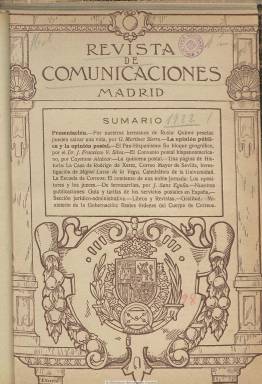
Título: Revista de comunicaciones (Madrid)
Colección: Comunicaciones || Ferrocarriles
Ámbito geográfico: Madrid
Lugar de publicación: Madrid
Fechas: 12/02/1922-12/08/1922

Publicación dedicada al sector y organización postal o de correos y telégrafos, pero también a los de ferrocarriles y transportes (vapores-correos y mercantiles y navegación aérea), así como a las actividades dependientes de ellos, como el comercio y la industria, y a la defensa del cuerpo funcionarial de comunicaciones. Además de tener secciones fijas dedicadas a los asuntos jurídicos y administrativos, resalta de esta revista la presencia en su cuadro de redactores y colaboradores de destacadas figuras intelectuales y el de un todavía joven e inédito poeta Vicente Aleixandre (1898-1984), hijo de un ingeniero de ferrocarriles y que en esta época trabajaba en una empresa ferroviaria.

Comienza a publicarse el 12 de febrero de 1922, en entregas de una veintena de páginas, compuestas a dos columnas, y con una periodicidad bimensual, insertando algunos fotograbados, entre ellos algunos retratos. Inserta también anuncios publicitarios. Otro dato a resaltar de esta publicación es su interés por la organización de las comunicaciones relacionadas con los países hispanoamericanos, dando cuenta del convenio postal de este ámbito. Junto a temas pan-hispánicos, la sección jurídico-administrativa, a cargo de J. Francisco V. Silva, y una guía de tarifas, tiene otra de libros y revistas.

Su director es el abogado Domingo Romero, siendo su administrador Marcelino Fernández Amantegui, y su redactor artístico, F. Porcar. En su cuadro de redactores y colaboradores, además del citado Aleixandre, que publica en su número cinco un artículo ferroviario, aparecen los nombres de técnicos postales, algunos de ellos corresponsales americanos, pero también de catedráticos, historiadores, geógrafos o literatos, como Cayetano Alcázar Molina (1897-1958), entonces oficial del Cuerpo de Correos, además de profesor; el jurista Luis Jiménez de Asúa (1889-1970), los historiadores Melchor Fernández Almagro (1893-1966) y Miguel Lasso de la Vega (1893-1957), así como el literato José Francés (1883-1964) o Pedro Sáinz Rodríguez (1897-1982) y José Ortega y Munilla (1856-1922), entre otros.

El número 13, correspondiente al 12 de agosto de 1922, es el último de la colección de la Biblioteca Nacional de España.